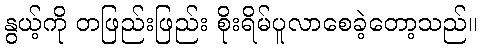
နွယ့်ကို တဖြည်းဖြည်း စိုးရိမ်ပူလာစေခဲ့တော့သည်။